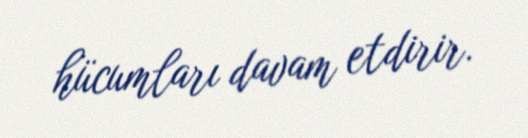
hücumları davam etdirir.